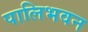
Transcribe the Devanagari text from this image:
पालिभवन